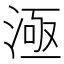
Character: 𣷉